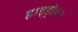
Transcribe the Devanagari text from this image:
हाइड्रोडन